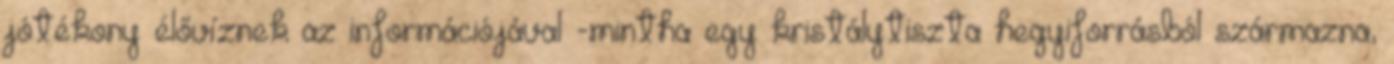
jótékony élővíznek az információjával -mintha egy kristálytiszta hegyiforrásból származna,